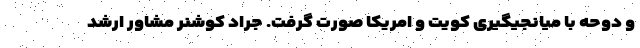
و دوحه با میانجیگیری کویت و امریکا صورت گرفت. جراد کوشنر مشاور ارشد